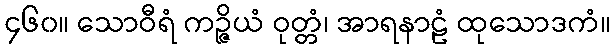
၄၆၀။ သောဝီရံ ကဉ္ဇိယံ ဝုတ္တံ၊ အာရနာဠံ ထုသောဒကံ။